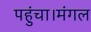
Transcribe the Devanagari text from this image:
पहुंचा।मंगल